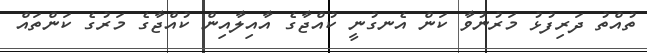
ތުއްތު ދަރިފުޅު މަރުނުވާ ކަން އެނގުނީ ކުއްޖާގެ އާއިލާއިން ކުއްޖާގެ މަރުގެ ކަންތައް